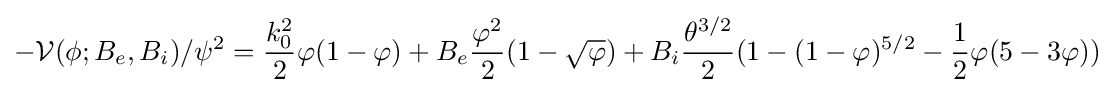
-{\mathcal {V}}(\phi ;B_{e},B_{i})/\psi ^{2}={\frac {k_{0}^{2}}{2}}\varphi (1-\varphi )+B_{e}{\frac {\varphi ^{2}}{2}}(1-{\sqrt {\varphi }})+B_{i}{\frac {\theta ^{3/2}}{2}}(1-(1-\varphi )^{5/2}-{\frac {1}{2}}\varphi (5-3\varphi ))